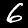
Digit: 6